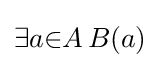
\exists {a}{\in }A\,B(a)